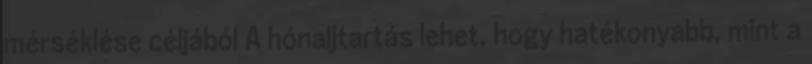
mérséklése céljából A hónaljtartás lehet, hogy hatékonyabb, mint a